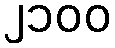
၂၁၀၀